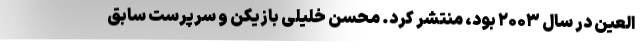
العین در سال ۲۰۰۳ بود، منتشر کرد. محسن خلیلی بازیکن و سرپرست سابق